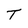
Character: T